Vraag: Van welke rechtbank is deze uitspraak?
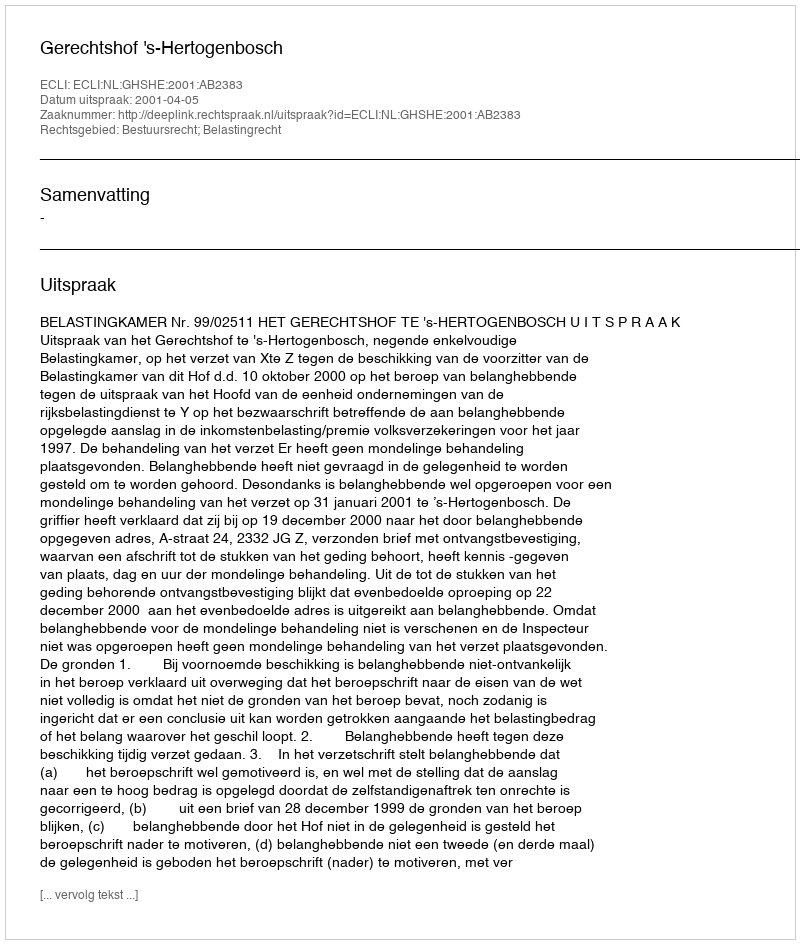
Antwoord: Gerechtshof 's-Hertogenbosch